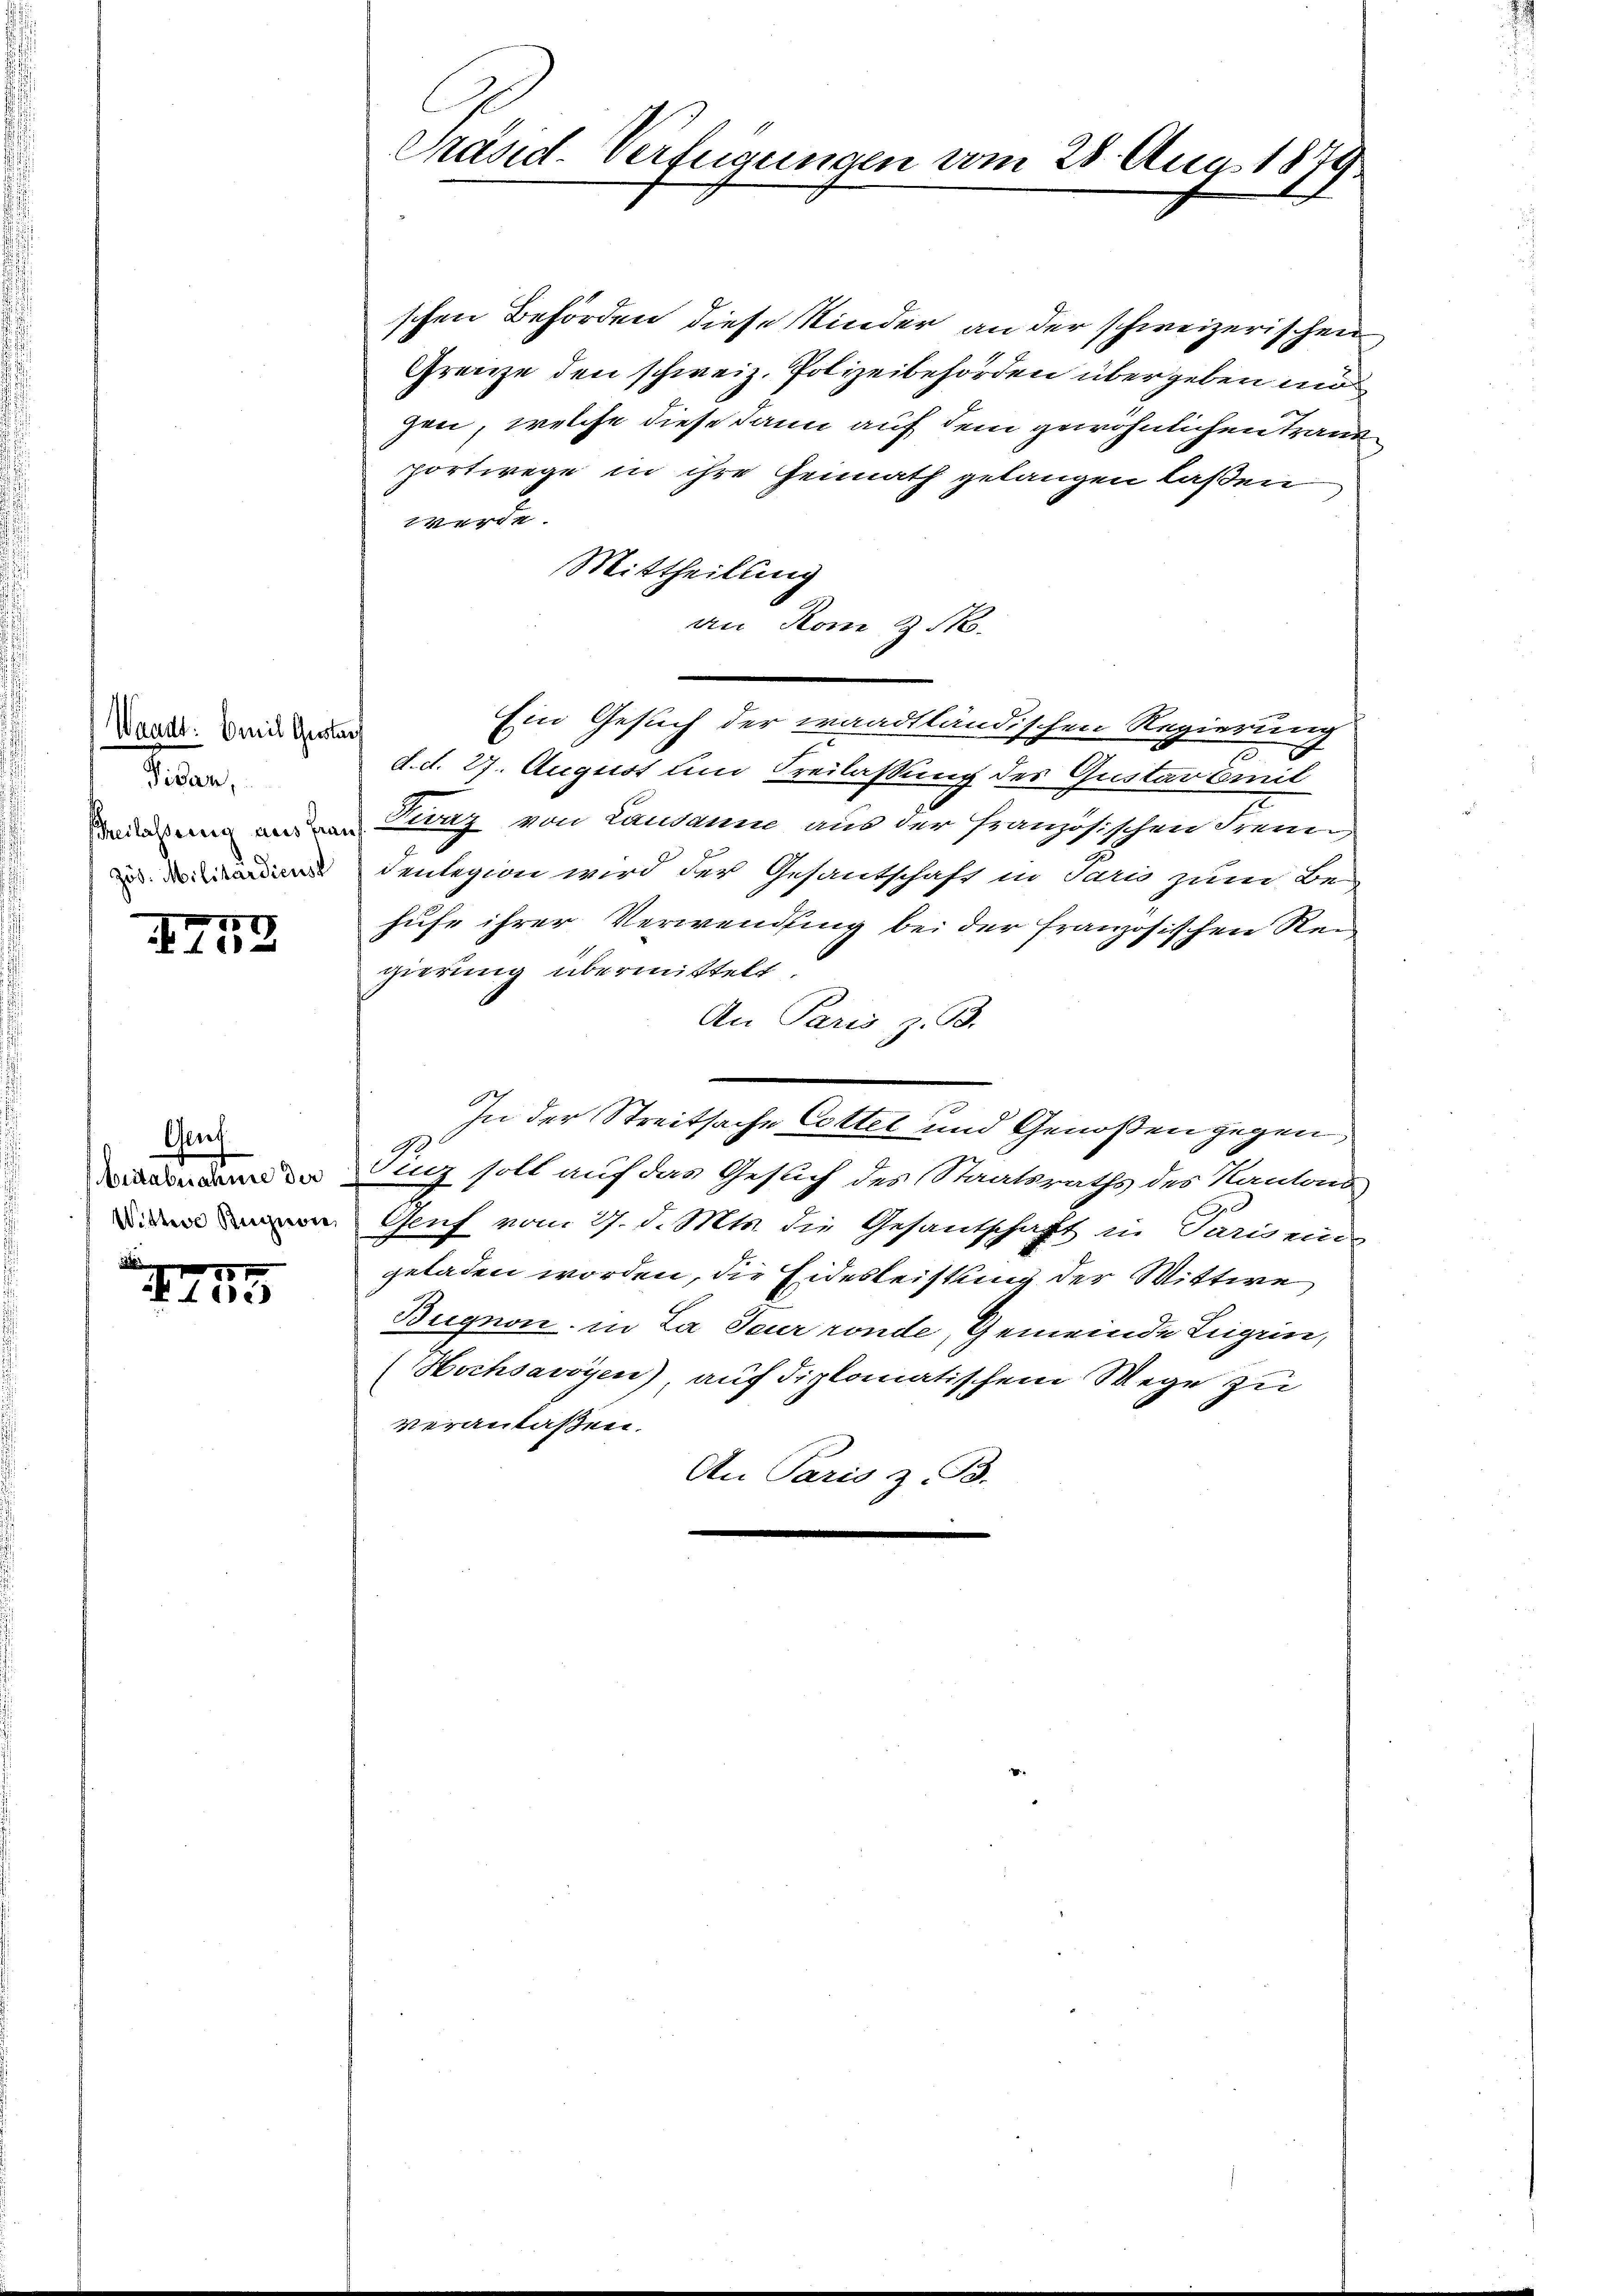
Waadt: Emil Gustan
Vidan,
zös. Militardicust

0
0 f 40 x

Aeuf
beraturatung der
Wittwe Bunde,

18 x
102

Präsid-Verfügungen vom 28. Aug. 1879.

schen Behörden diese Kinder an der schweizerischen
Grenze den schweiz. Polizeibehörden übergeben mi
gen, welche diese dann auf dem gewöhnlichen Trauen
portwege in ihre Heimath gelangen laßen
werde.
Mittheilung
an Rom z.
Ein Gesuch der waadtländischen Regierung
d.d. 27. August und Freilassung des Gustarbeit
Belassung der von Lung von Landann aus der französischen Freun
denlegion wird der Gesantschaft in Paris zum Behufe ihrer Verwendung bei der französischen Reigierung übermittelt.
An Paris z. B.
In der Streitsache Cottel und Genoßen gegen,
.
Sinz soll auf das Gesuch des Staatsraths des Kantons
Genf vom 27. d. Mts. die Gesantschaft in Pariseis
geladen worden, die Eidesleistung der Wittwe
Bugnon, in La feuer ronde, Gemeinde Lügen,
(Hochsavoyen) auf diplomatischem Wege zu
veranlaßen.
An Paris z. B.
.